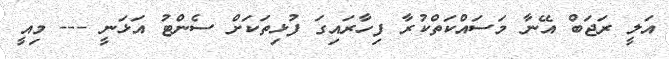
އަލީ ރަޖަބް އޭނާ މަސައްކަތްކުރާ ފިހާރައިގަ ފުޅިތަކަށް ސެންޓު އަޅަނީ --- މިއީ